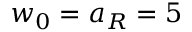
w _ { 0 } = a _ { R } = 5